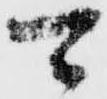
可